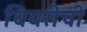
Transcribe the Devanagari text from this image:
थियरीची